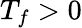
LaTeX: T_{f}>0